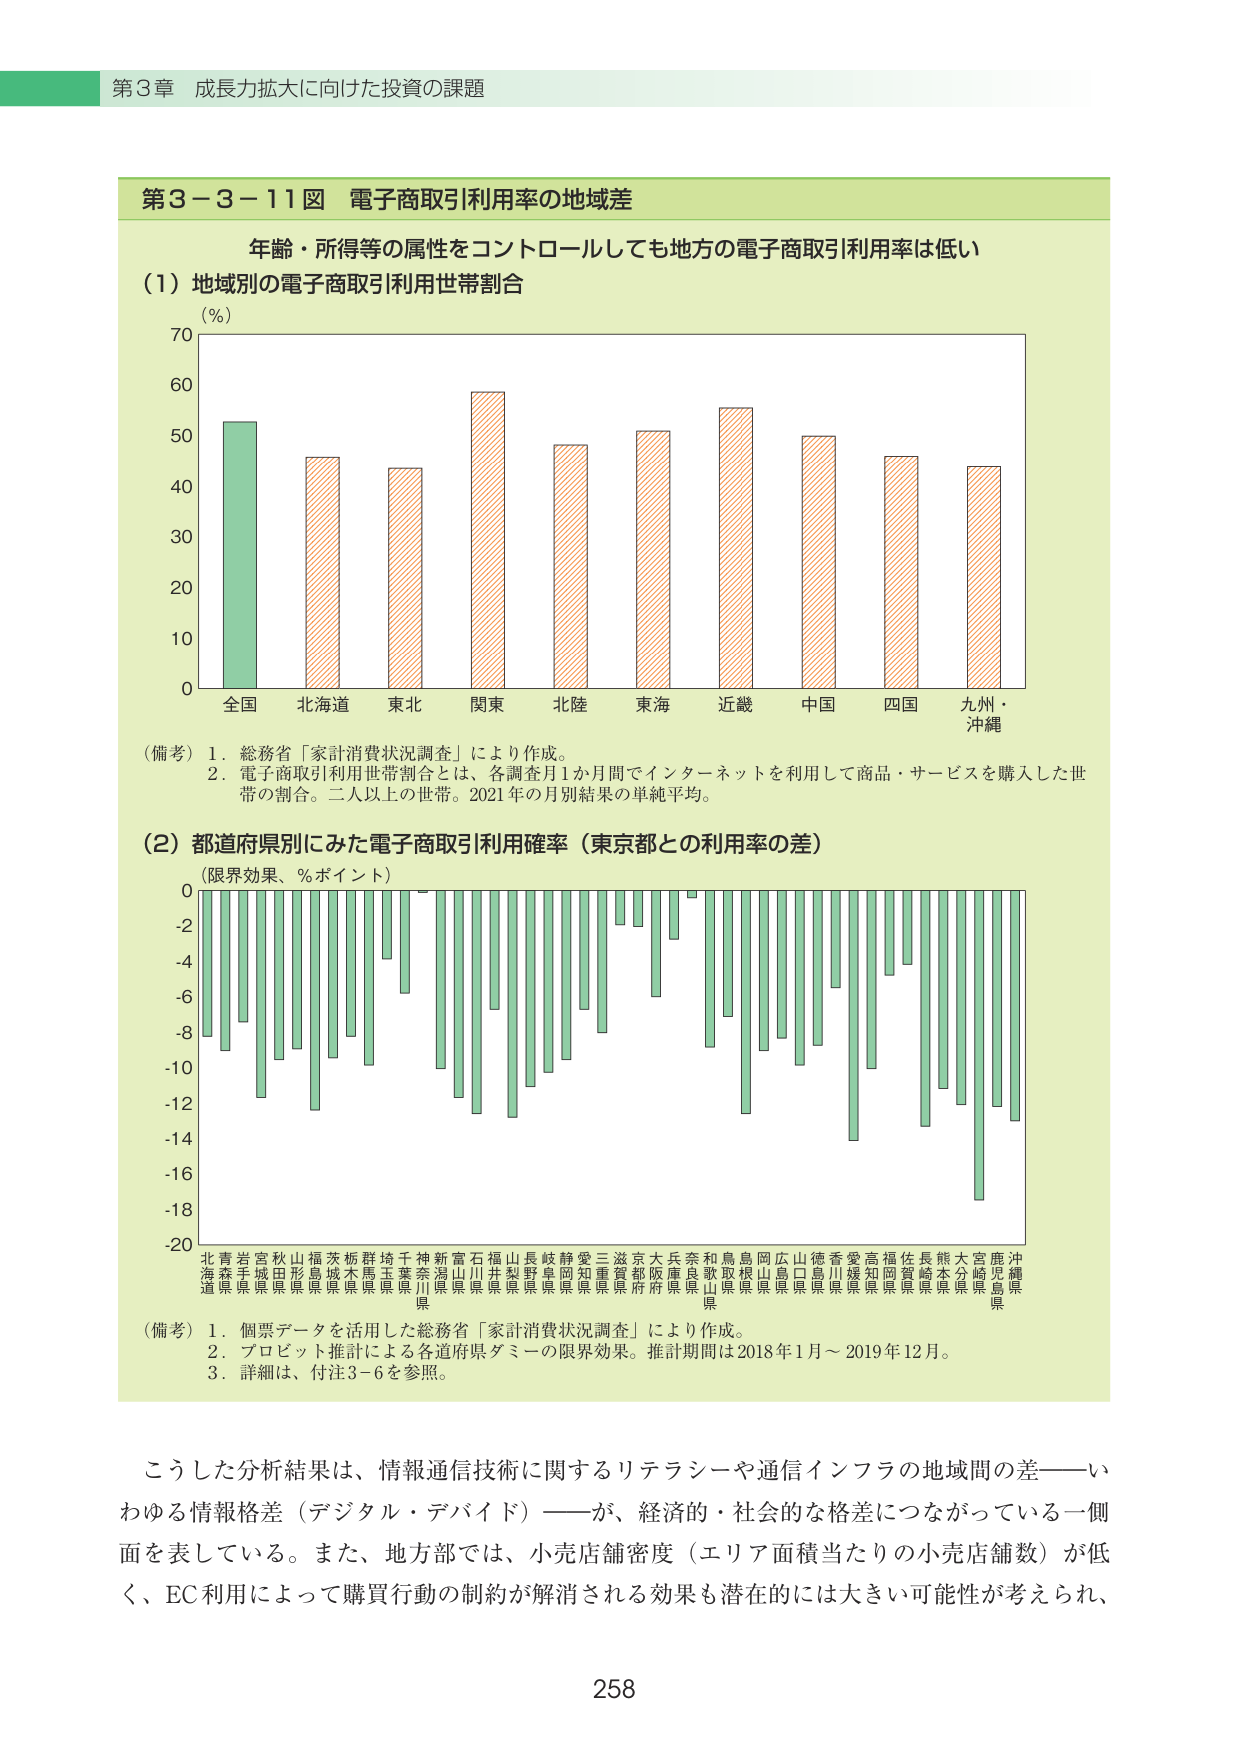
第３章 成長力拡大に向けた投資の課題

第３－３－１１図 電子商取引利用率の地域差

年齢・所得等の属性をコントロールしても地方の電子商取引利用率は低い

（１）地域別の電子商取引利用世帯割合
（％）
70
60
50
40
30
20
10
0
全国 北海道 東北 関東 北陸 東海 近畿 中国 四国 九州・沖縄

（備考）１．総務省「家計消費状況調査」により作成。
　　　２．電子商取引利用世帯割合とは、各調査月1か月間でインターネットを利用して商品・サービスを購入した世帯の割合。二人以上の世帯。2021年の月別結果の単純平均。

（２）都道府県別にみた電子商取引利用確率（東京都との利用率の差）
（限界効果、％ポイント）
0
-2
-4
-6
-8
-10
-12
-14
-16
-18
-20
北海道 青森県 岩手県 宮城県 秋田県 山形県 福島県 茨城県 栃木県 群馬県 埼玉県 千葉県 神奈川県 新潟県 富山県 石川県 福井県 山梨県 長野県 岐阜県 静岡県 愛知県 三重県 滋賀県 京都府 大阪府 兵庫県 奈良県 和歌山県 鳥取県 島根県 岡山県 広島県 山口県 徳島県 香川県 愛媛県 高知県 福岡県 佐賀県 長崎県 熊本県 大分県 宮崎県 鹿児島県 沖縄県

（備考）１．個票データを活用した総務省「家計消費状況調査」により作成。
　　　２．プロビット推計による各道府県ダミーの限界効果。推計期間は2018年1月～2019年12月。
　　　３．詳細は、付注3-6を参照。

こうした分析結果は、情報通信技術に関するリテラシーや通信インフラの地域間の差――いわゆる情報格差（デジタル・デバイド）――が、経済的・社会的な格差につながっている一側面を表している。また、地方部では、小売店舗密度（エリア面積当たりの小売店舗数）が低く、EC利用によって購買行動の制約が解消される効果も潜在的には大きい可能性が考えられ、

258